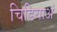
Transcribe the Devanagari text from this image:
चिडियाअं